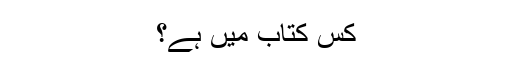
کس کتاب میں ہے؟